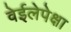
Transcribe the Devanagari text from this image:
वेईलेपेक्षा